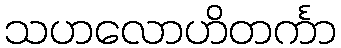
သဟလောဟိတင်္ကာ